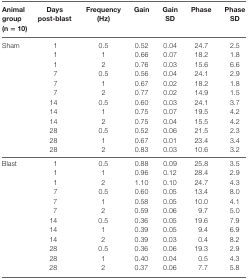
| Animal group (n = 10) | Days post-blast | Frequency (Hz) | Gain | Gain SD | Phase | Phase SD |
 | --- | --- | --- | --- | --- | --- | --- |
 | Sham | 1 | 0.5 | 0.52 | 0.04 | 24.7 | 2.5 |
 |  | 1 | 1 | 0.66 | 0.07 | 18.2 | 1.8 |
 |  | 1 | 2 | 0.76 | 0.03 | 15.6 | 6.6 |
 |  | 7 | 0.5 | 0.56 | 0.04 | 24.1 | 2.9 |
 |  | 7 | 1 | 0.67 | 0.02 | 18.2 | 1.8 |
 |  | 7 | 2 | 0.77 | 0.02 | 14.9 | 1.5 |
 |  | 14 | 0.5 | 0.60 | 0.03 | 24.1 | 3.7 |
 |  | 14 | 1 | 0.75 | 0.07 | 19.5 | 4.2 |
 |  | 14 | 2 | 0.75 | 0.04 | 15.5 | 4.2 |
 |  | 28 | 0.5 | 0.52 | 0.06 | 21.5 | 2.3 |
 |  | 28 | 1 | 0.67 | 0.01 | 23.4 | 3.4 |
 |  | 28 | 2 | 0.83 | 0.03 | 10.6 | 3.2 |
 | Blast | 1 | 0.5 | 0.88 | 0.09 | 25.8 | 3.5 |
 |  | 1 | 1 | 0.96 | 0.12 | 28.4 | 2.9 |
 |  | 1 | 2 | 1.10 | 0.10 | 24.7 | 4.3 |
 |  | 7 | 0.5 | 0.60 | 0.05 | 13.4 | 8.0 |
 |  | 7 | 1 | 0.58 | 0.05 | 10.0 | 4.1 |
 |  | 7 | 2 | 0.59 | 0.06 | 9.7 | 5.0 |
 |  | 14 | 0.5 | 0.36 | 0.05 | 19.6 | 7.9 |
 |  | 14 | 1 | 0.39 | 0.05 | 9.4 | 6.9 |
 |  | 14 | 2 | 0.39 | 0.03 | 0.4 | 8.2 |
 |  | 28 | 0.5 | 0.36 | 0.06 | 19.3 | 2.9 |
 |  | 28 | 1 | 0.40 | 0.04 | 0.5 | 4.3 |
 |  | 28 | 2 | 0.37 | 0.06 | 7.7 | 5.8 |